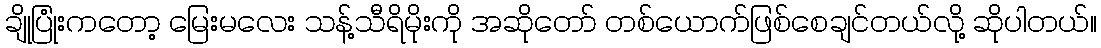
ချိုပြုံးကတော့ မြေးမလေး သန့်သီရိမိုးကို အဆိုတော် တစ်ယောက်ဖြစ်စေချင်တယ်လို့ ဆိုပါတယ်။